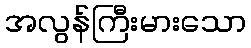
အလွန်ကြီးမားသော